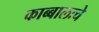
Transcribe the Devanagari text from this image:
काब्बालःचे